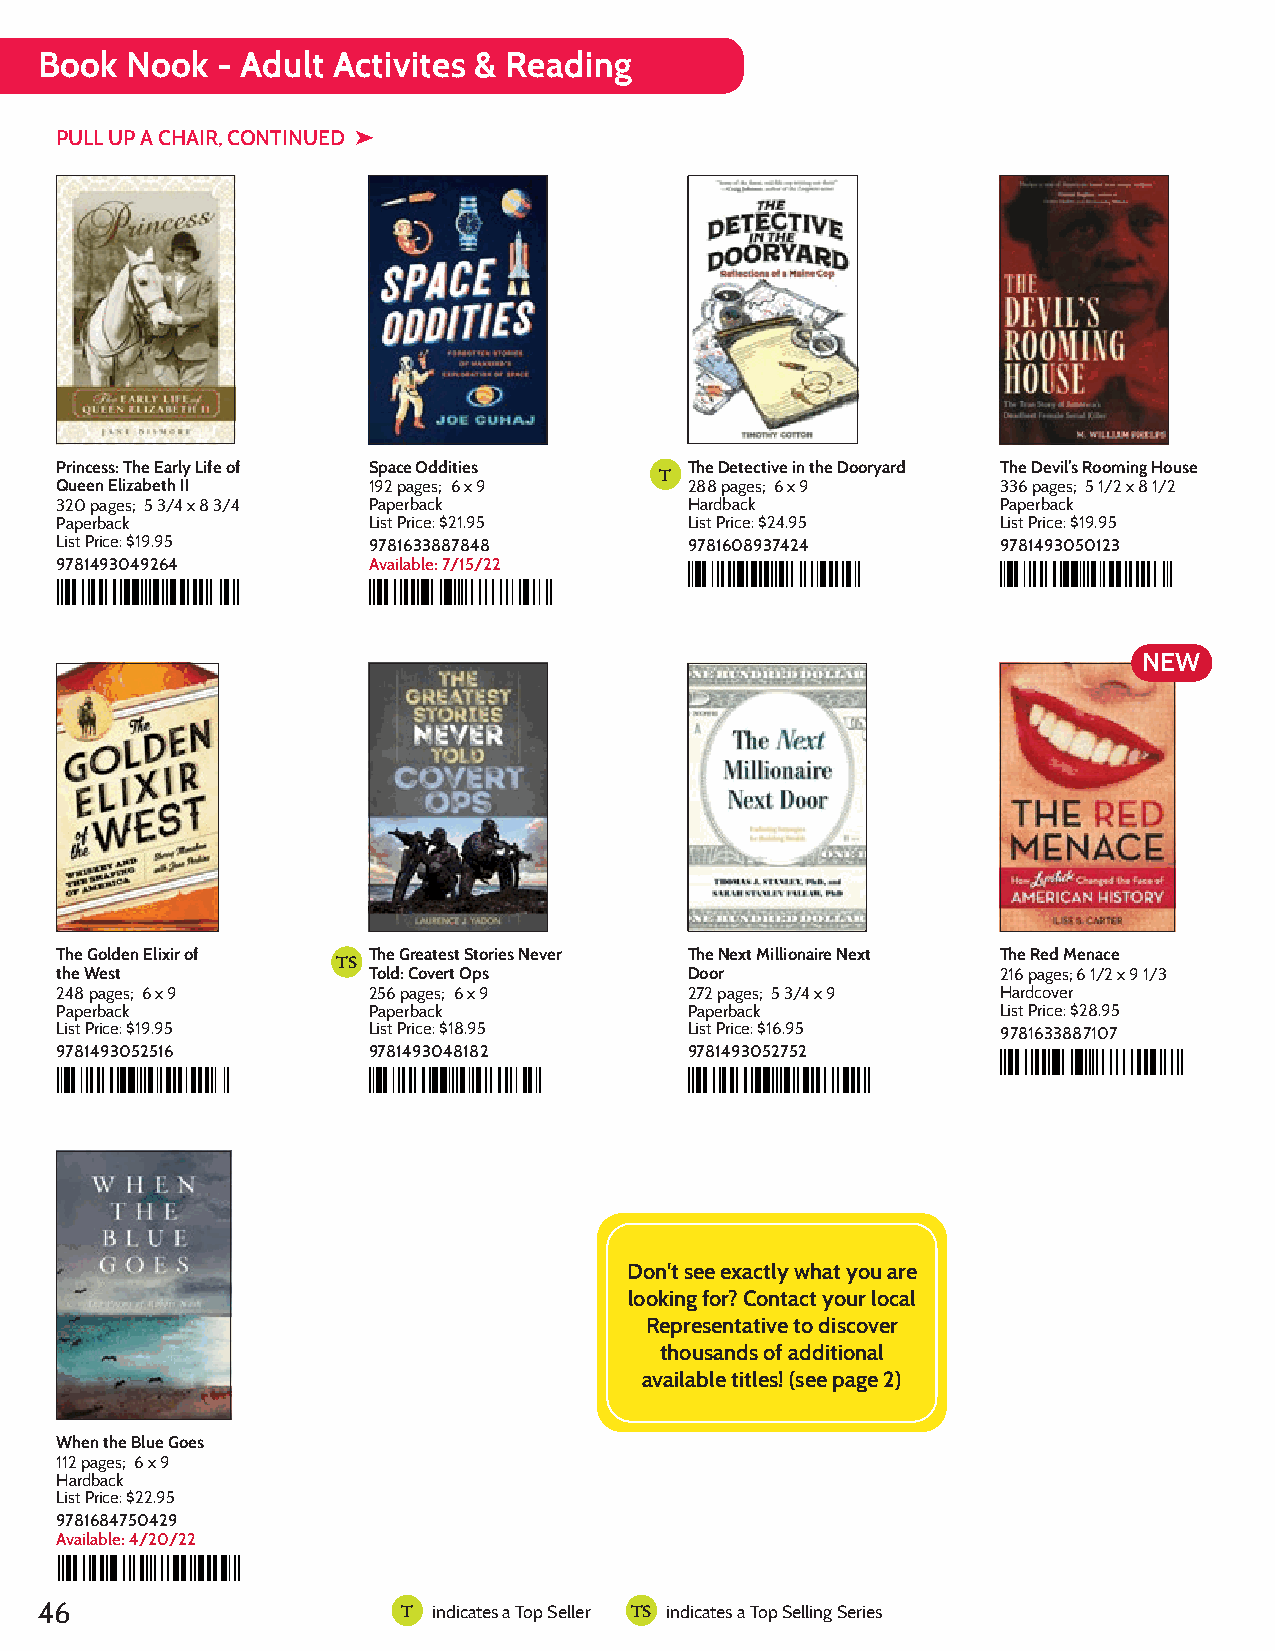
Book  Nook  - Adult Activites & Reading
 PULL UP A CHAIR, CONTINUED ➤
 9781493049264        9781633887848        9781608937424        9781493050123
 Princess: TShep aEcaer lOy dLdifieti eosf :Q Fuoeregno tEDteleinzte aScbtteoivtrehie iIsnI othfe M DaonokDriyneadvri'dls':s ER Rxeopfloleomcrtiainotgino sHn oouf sae M: aTihnee TCroupe Story of America's
 of Space                       Deadliest  Female  Serial Killer
 Princess: The Early Life of Space Oddities The Detective in the Dooryard The Devil’s Rooming House
 T
 Queen Elizabeth II  192 pages; 6 x 9      288 pages; 6 x 9    336 pages; 5 1/2 x 8 1/2
 320 pages; 5 3/4 x 8 3/4 Paperback        Hardback            Paperback
 Paperback           List Price: $21.95    List Price: $24.95  List Price: $19.95
 List Price: $19.95  9781633887848         9781608937424       9781493050123
 9781493049264       Available: 7/15/22
 NEW
 9781633887107
 9781493052752
 9781493052516        9781493048182
 The  Red  Menace
 The Next  Millionaire Next  Door:  Enduring   Strategies  for
 Golden Elixir of the West: WGhreisakteesyt aSntdo rtihees SNheavpeirn Tgo oldf: Covert Ops
 Building   Wealth
 America
 The Golden Elixir of The Greatest Stories Never The Next Millionaire Next The Red Menace
 TS
 the West            Told: Covert Ops      Door                216 pages; 6 1/2 x 9 1/3
 248 pages; 6 x 9    256 pages; 6 x 9      272 pages; 5 3/4 x 9 Hardcover
 Paperback           Paperback             Paperback           List Price: $28.95
 List Price: $19.95  List Price: $18.95    List Price: $16.95  9781633887107
 9781493052516       9781493048182         9781493052752
 9781684750429
 The Poems of Robert  Nash                 Don't see exactly what you are
 looking for? Contact your local
 Representative to discover
 thousands of additional
 available titles! (see page 2)
 When the Blue Goes
 112 pages; 6 x 9
 Hardback
 List Price: $22.95
 9781684750429
 Available: 4/20/22
 46                       T indicates a Top Seller TS indicates a Top Selling Series